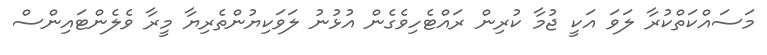
މަސައްކަތްކުރާ ލަވަ އަކީ ޖުމާ ކުރިން ރައްޓެހިވެގެން އުޅުނު ލަވަކިޔުންތެރިޔާ މީރާ ވެލެންޓައިންސް